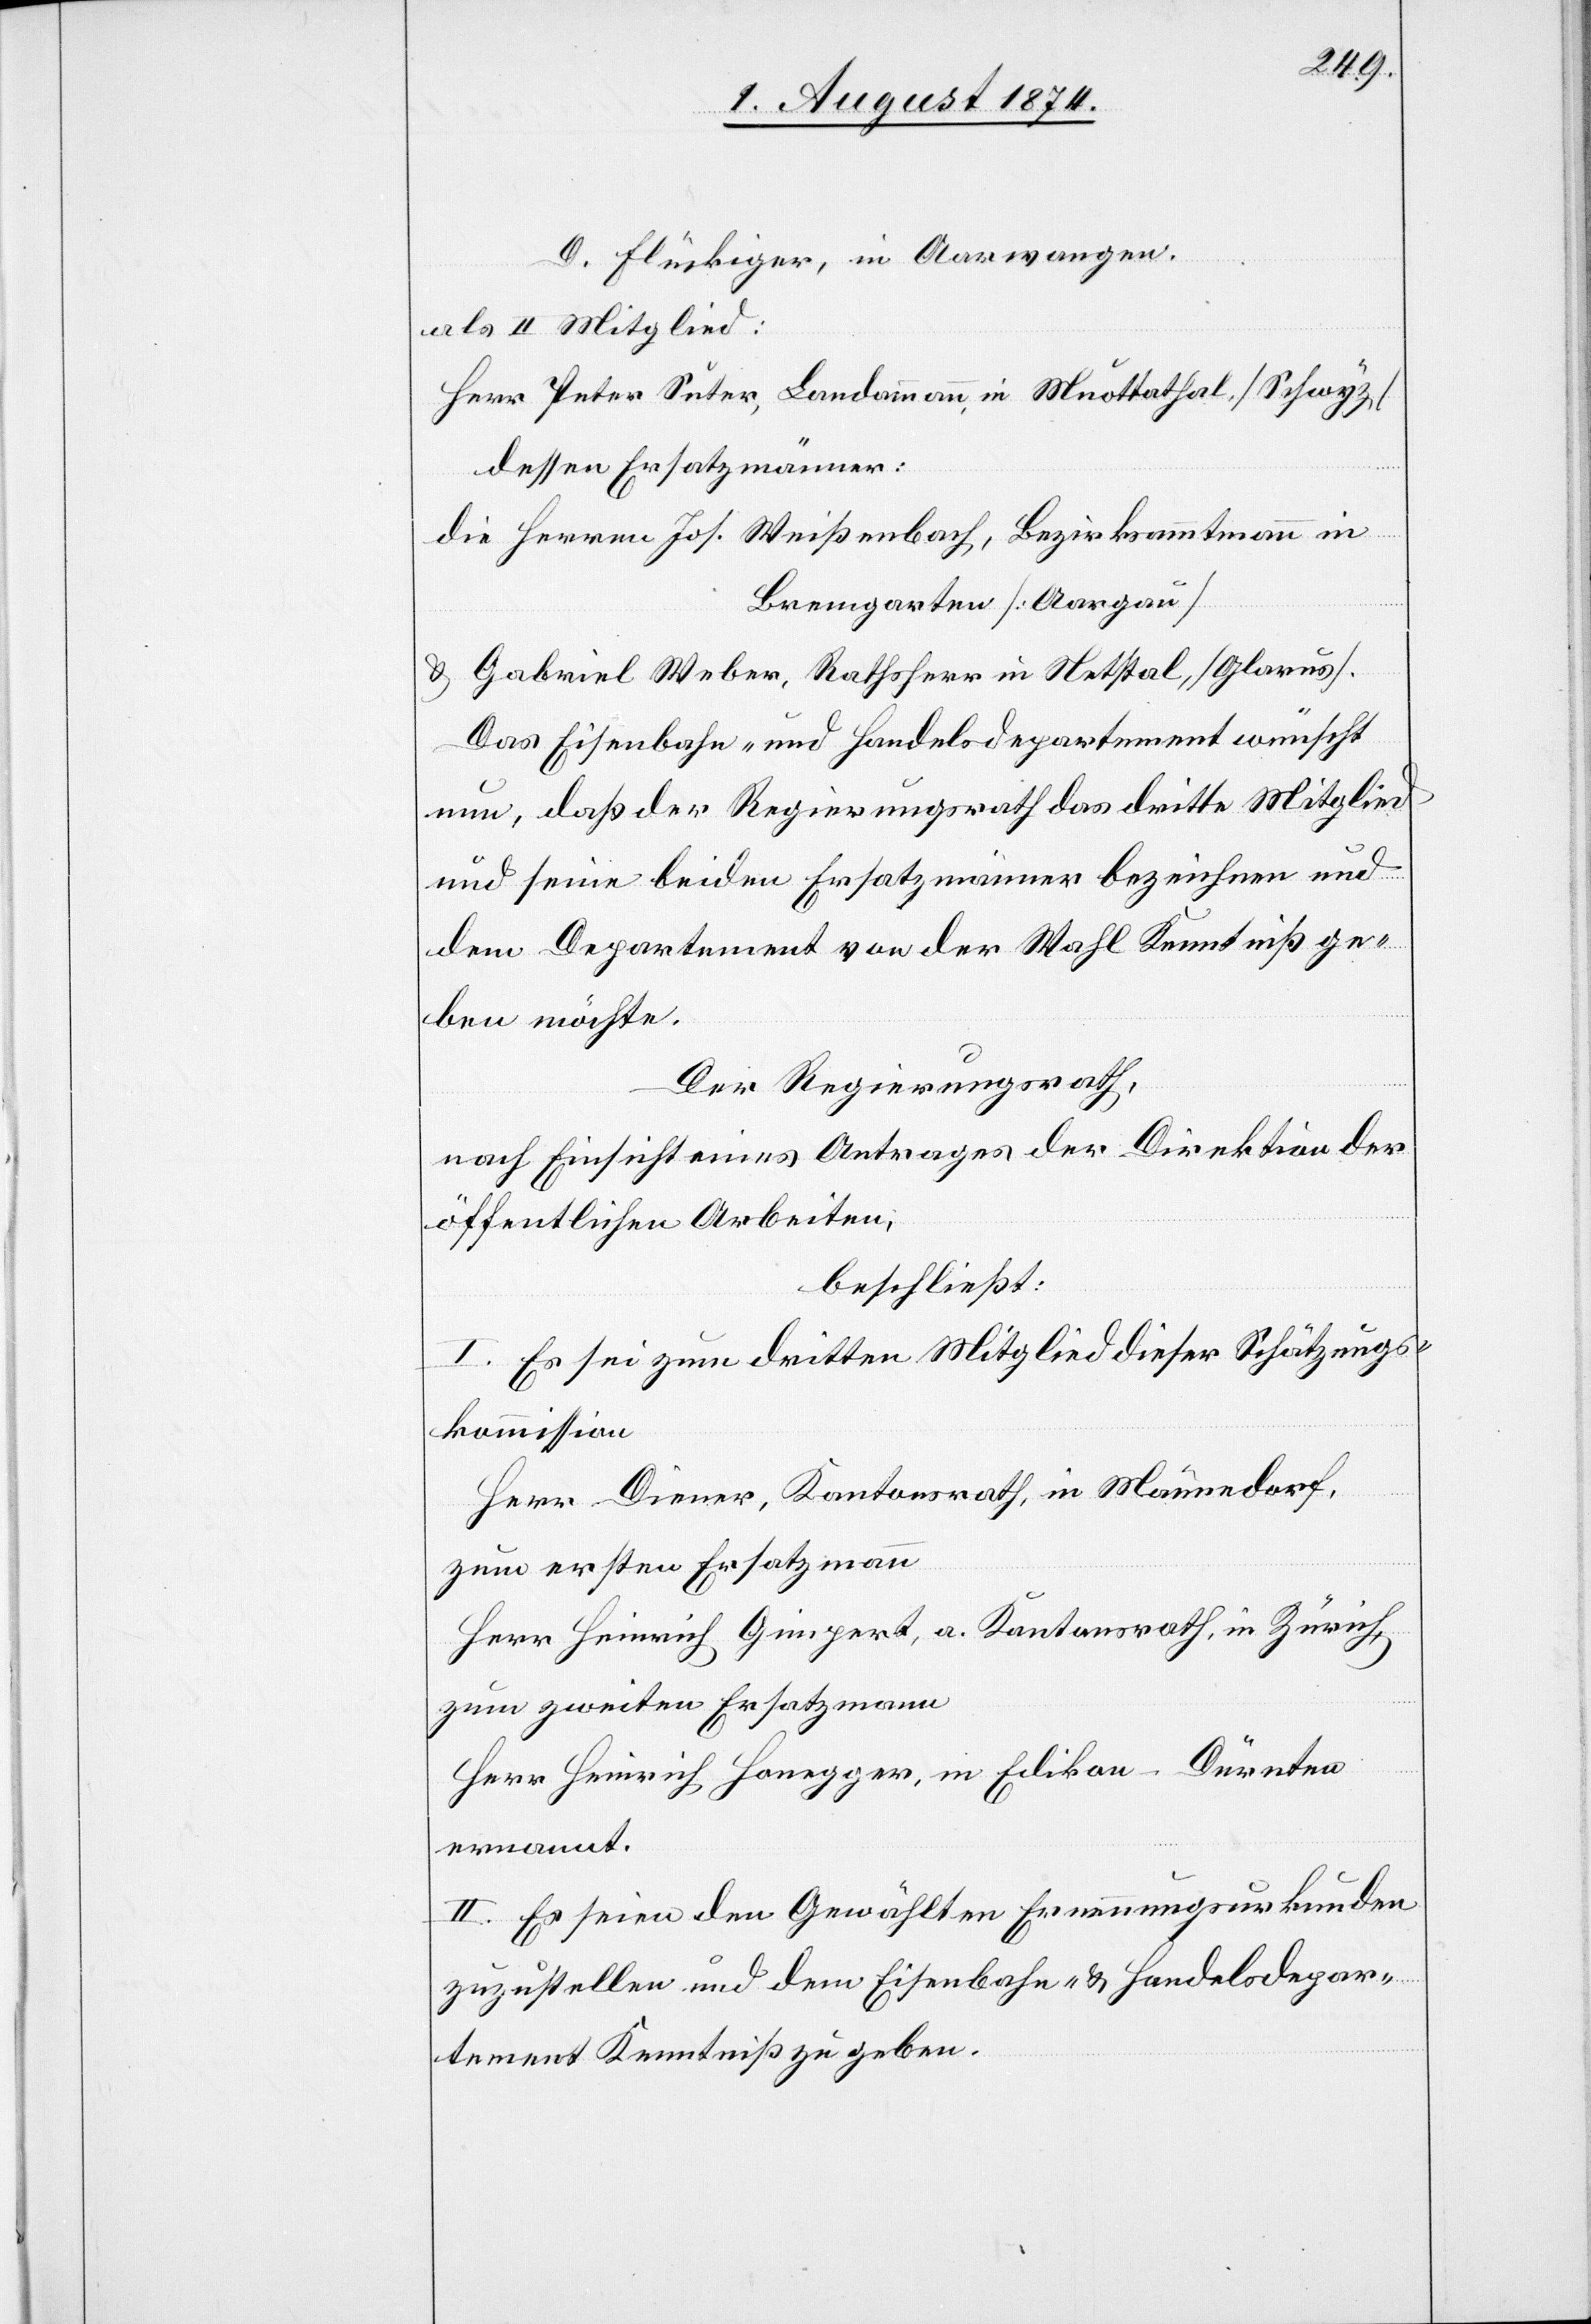
D. Flückiger, in Aarwangen.
als II. Mitglied:
Herr Peter Suter, Landamman in Muottathal [Schwyz]
dessen Ersatzmänner:
die Herren Jos. Weißenbach, Bezirksammann in
Bremgarten [Aargau]
u. Gabriel Weber, Rathsherr in Netstal [Glarus].
Das Eisenbahn- und Handelsdepartement wünscht
nun, daß der Regierungsrath das dritte Mitglied
und seine beiden Ersatzmänner bezeichnen und
dem Departement von der Wahl Kenntniß ge¬
ben möchte.
Der Regierungsrath,
nach Einsicht eines Antrages der Direktion der
öffentlichen Arbeiten,
beschließt:
I. Es sei zum dritten Mitglied dieser Schätzungs¬
kommission
Herr Diener, Kantonsrath, in Männedorf,
zum ersten Ersatzmann
Herr Heinrich Ginpert, a. Kantonsrath, in Zürich,
zum zweiten Ersatzmann
Herr Heinrich Honegger, in Edikon-Dürnten
ernannt.
II. Es seien den Gewählten Ernennungsurkunden
zuzustellen und dem Eisenbahn- u. Handelsdepar¬
tement Kenntniß zu geben.